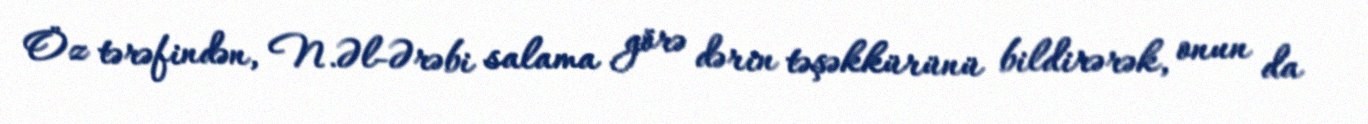
Öz tərəfindən, N.Əl-Ərəbi salama görə dərin təşəkkürünü bildirərək, onun da